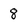
Character: 8